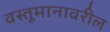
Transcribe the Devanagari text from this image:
वस्तूमानावरील